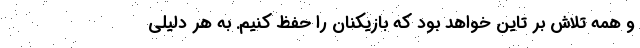
و همه تلاش بر تاین خواهد بود که بازیکنان را حفظ کنیم. به هر دلیلی